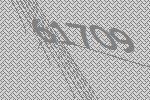
61709